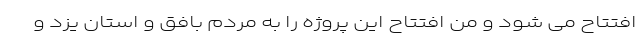
افتتاح می شود و من افتتاح این پروژه را به مردم بافق و استان یزد و